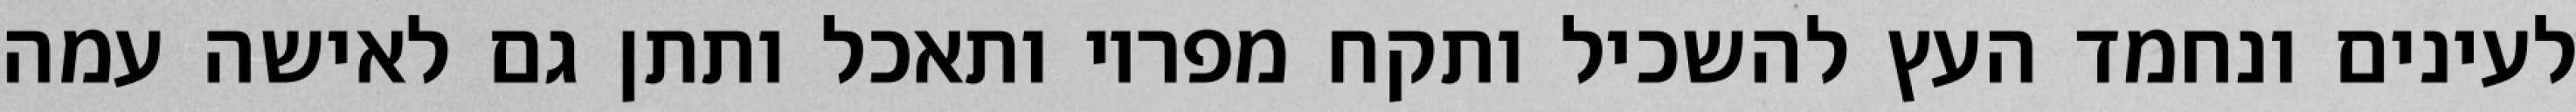
לעינים ונחמד העץ להשכיל ותקח מפריו ותאכל ותתן גם לאישה עמה